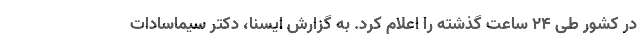
در کشور طی ۲۴ ساعت گذشته را اعلام کرد. به گزارش ایسنا، دکتر سیماسادات